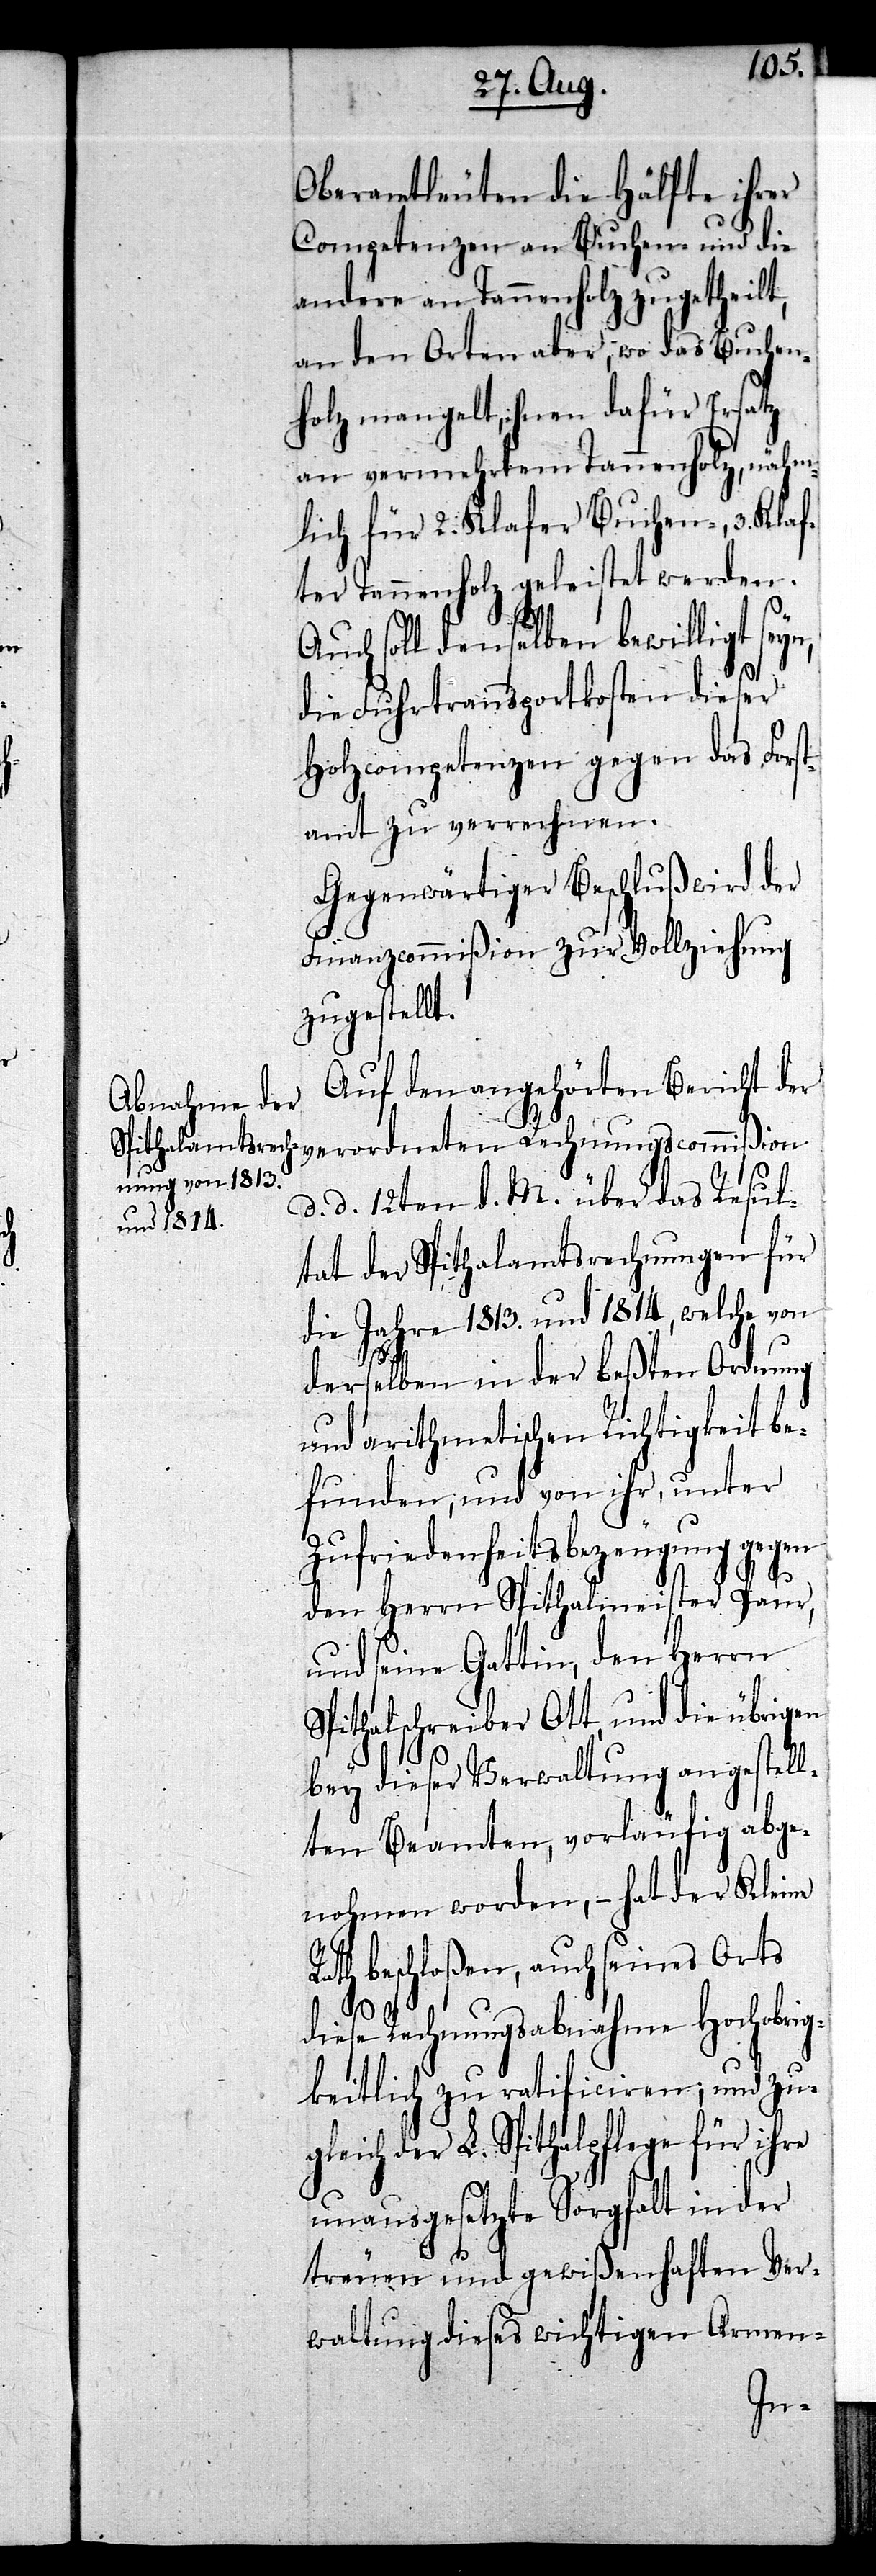
Oberamtleuten die Hälfte ihrer
Competenzen an Buchen- und die
andere an Tannenholz zugetheilt,
an den Orten aber, wo das Buchen¬
holz mangelt, ihnen dafür Ersatz
an vermehrtem Tannenholz, nähm¬
lich für 2. Klaf[t]er Buchen-, 3. Kla¬
fter Tannenholz geleistet werden.
Auch soll denselben bewilligt sey¬
die Fuhrtransportkosten dieser
Holzcompetenzen gegen das Forst¬
amt zu verrechnen.
Gegenwärtiger Beschluß wird der
Finanzcommißion zur Vollziehung
zugestellt.
Auf den angehörten Bericht der
verordneten Rechnungscommißion
d. d. 12ten d. M. über das Resul¬
tat der Spithalamtsrechnungen für
die Jahre 1813. und 1814, welche von
S¬
derselben in der beßten Ordnung
und arithmetischen Richtigkeit be¬
funden, und von ihr, unter
Zufriedenheitsbezeugung gegen
den Herrn Spithalmeister Paur
und seine Gattin, den Herrn
pithalschreiber Ott, und die übrigen
bey dieser Verwaltung angestell¬
ten Beamten, vorläufig abge¬
nohmen worden, – hat der Kleine
Rath beschloßen, auch seines Orts
n,
diese Rechnungsabnahme Hochobrig¬
keitlich zu ratificiren; und zu¬
gleich der L. Spithalpflege für ihre
unausgesetzte Sorgfalt in der
treuen und gewißenhaften Ver¬
waltung dieses wichtigen Armen -